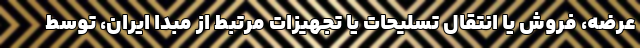
عرضه، فروش یا انتقال تسلیحات یا تجهیزات مرتبط از مبدا ایران، توسط